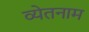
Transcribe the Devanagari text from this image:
व्येतनाम